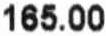
165.00